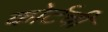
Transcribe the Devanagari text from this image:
कोर्टची